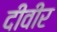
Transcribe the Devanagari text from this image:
दीवीर